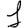
Digit: 1